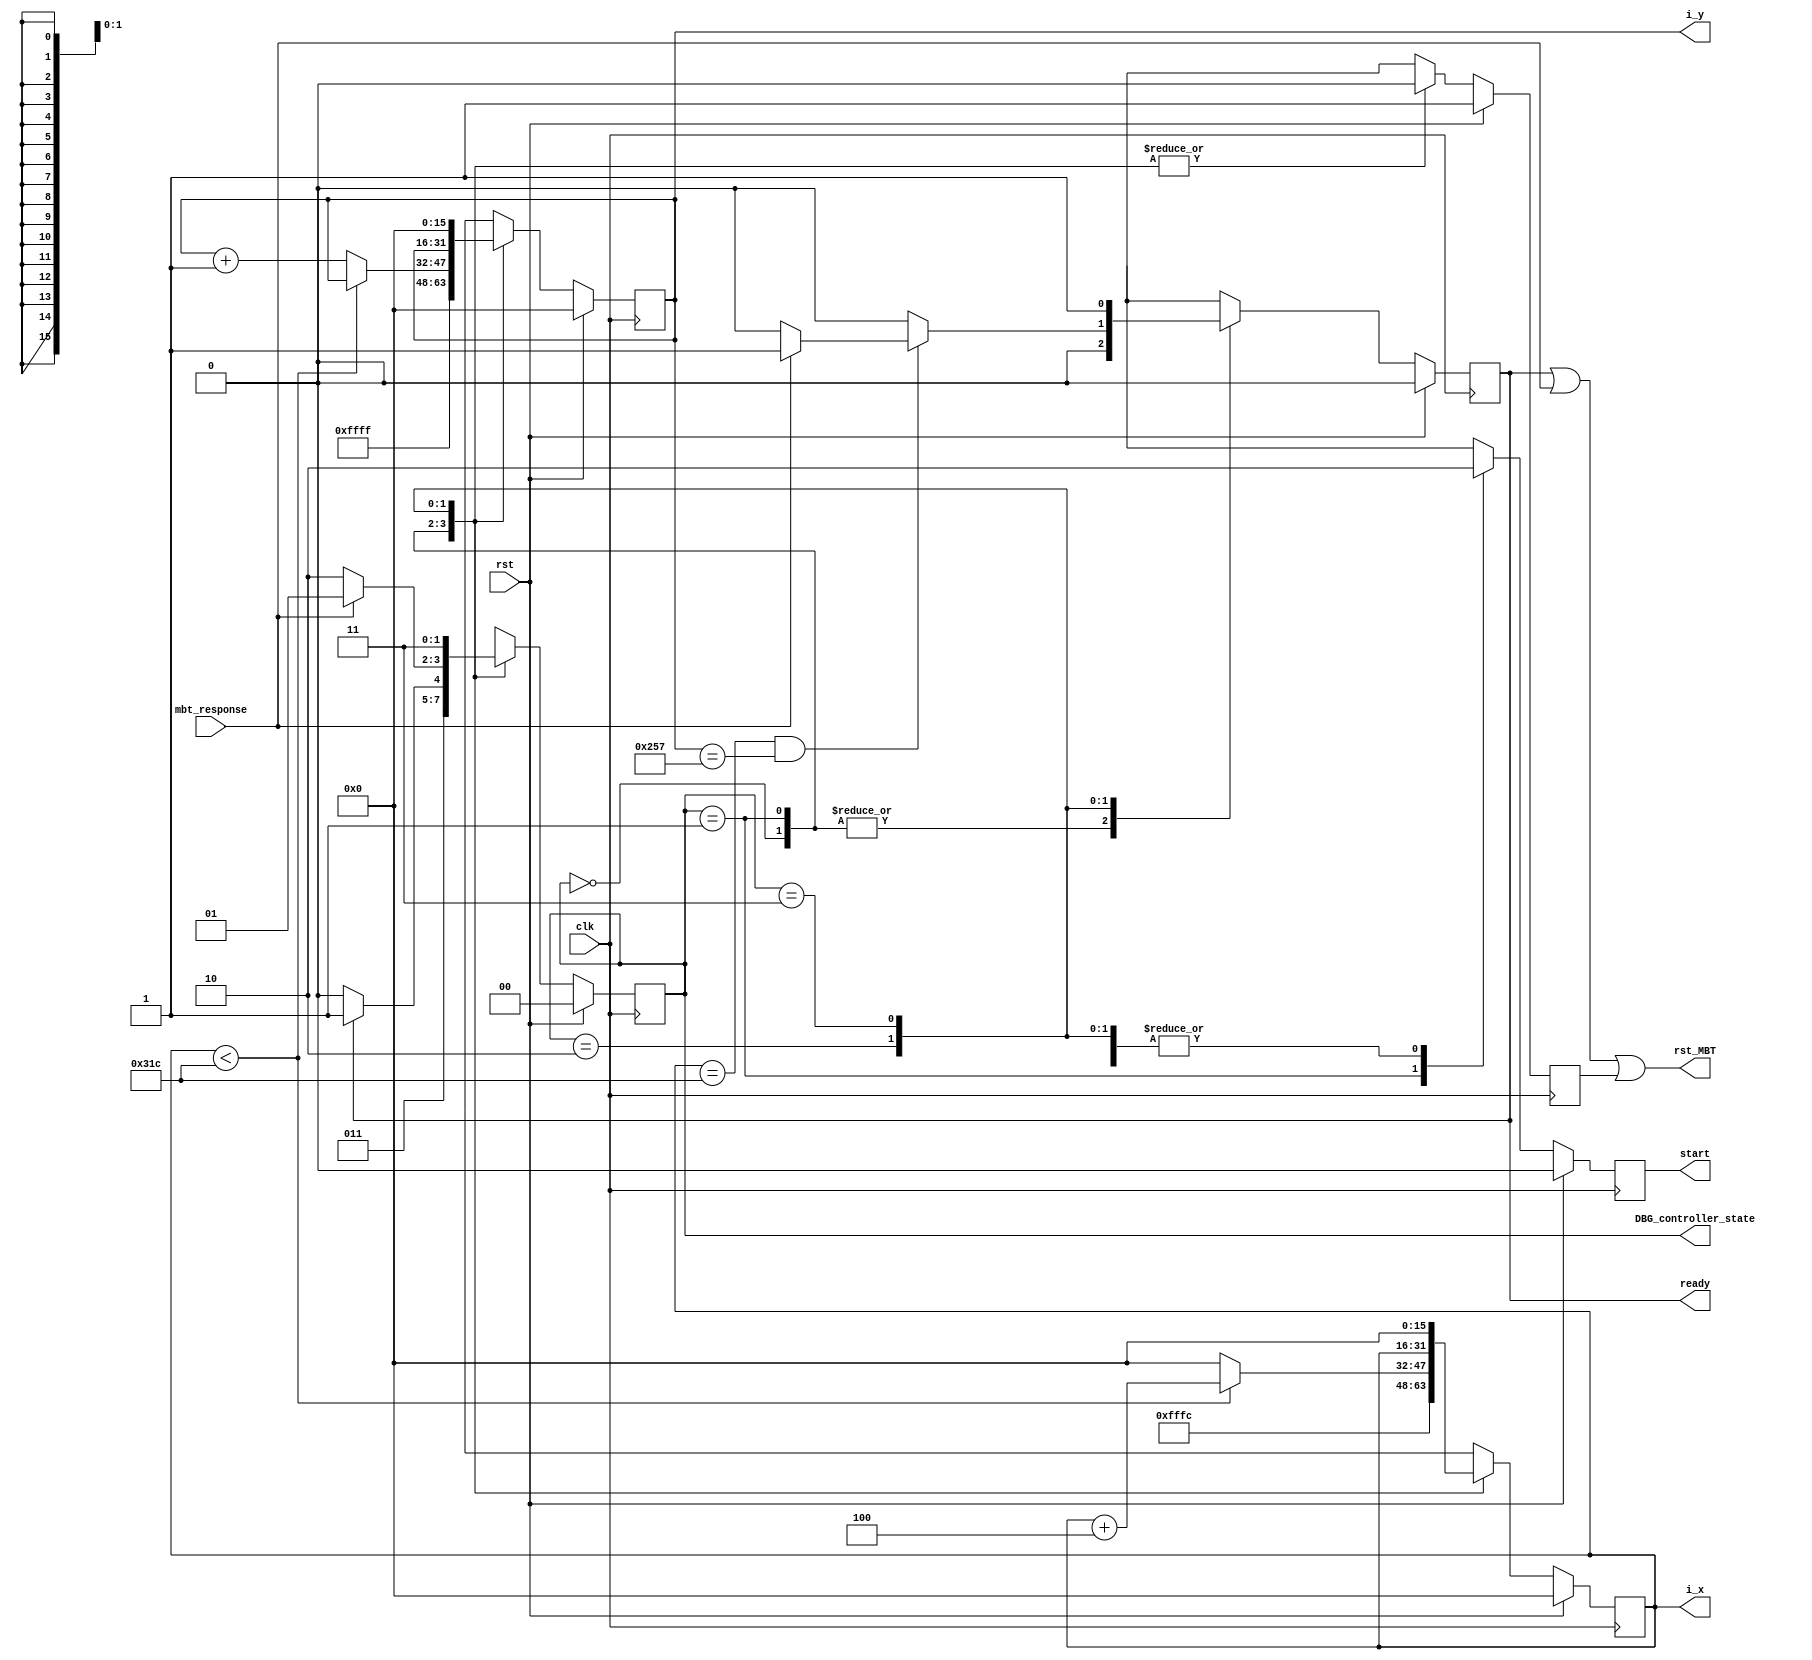
`timescale 1ns / 1ps


module MBT_controller(
    input wire clk,
    input wire rst,
    input wire mbt_response,

	// DBG
	output wire [1:0] DBG_controller_state,

	output reg [15:0] i_x,
    output reg [15:0] i_y,
	output reg start,
    output reg ready,
    output reg rst_MBT
    );

    // FSM variables
    reg [1:0] state, next_state;
    parameter IDLE = 2'b00;
    parameter WORK = 2'b01;
    parameter WAIT = 2'b10;
    parameter FINISH = 2'b11;

    reg finished;
	reg start_reg;

    reg init_mbt;

    // pixel position
    reg [15:0] current_X;
    reg [15:0] current_Y;

    // FSM -> State Transition Block
    always@(posedge clk) begin
        if (rst == 1) begin
            state <= IDLE;
        end
        else begin
            case(state)
            IDLE: begin
                state <= WORK;
            end
            WORK: begin
				if (finished == 1) begin
					state <= FINISH;
				end
				else begin
					state <= WAIT;
				end
            end
            WAIT: begin
                if (mbt_response == 1) begin
                    state <= WORK;
                end
                else begin
                    state <= WAIT;
                end
            end
            FINISH: begin
                state <= FINISH;
            end
            default: begin
                state <= IDLE;
            end
            endcase
        end
    end

    always @(posedge clk) begin
        if (rst == 1) begin
            finished <= 0;
            current_X <= 0;
            current_Y <= 0;
			start_reg <= 0;
            init_mbt <= 1;
        end
        else begin
            case (state)
                IDLE: begin
                    finished <= 0;
                    current_X <= -4;
                    current_Y <= -1;
					start_reg <= 0;
                    init_mbt <= 0;
                end
                WORK: begin
					// if (finished == 1)
                    finished <= 0;
					start_reg <= 1;
                    init_mbt <= 0;
                    if (current_X < 796)begin      // until it reachs to end of horizontal
                        current_X <= current_X + 4;
                        current_Y <= current_Y;
                    end
                    else begin                      // when it reachs to end
                        current_X <= 0;				// -> increase vertical
                        current_Y <= current_Y + 1;
                    end
                end
                WAIT: begin
					start_reg <= 0;
                    init_mbt <= 0;
					if ((current_X == 796) && (current_Y == 599)) begin
						current_X <= current_X;
						current_Y <= current_Y;
						if (mbt_response == 1) begin
							finished <= 1;
						end
						else begin
							finished <= 0;
						end
						// finished <= 0;
					end
					else begin
						current_X <= current_X;
						current_Y <= current_Y;
						finished <= 0;
					end
                end
                FINISH: begin
                    finished <= 1;
                    init_mbt <= 0;
					start_reg <= 0;
                    current_X <= 0;
                    current_Y <= 0;
                end
                default: begin
                    finished <= 0;
                    init_mbt <= 0;
					start_reg <= 0;
                    current_X <= 0;
                    current_Y <= 0;
                end
            endcase
        end
    end

	always@(*) begin
		i_x <= current_X;
		i_y <= current_Y;
		ready <= finished;
		rst_MBT <= finished | mbt_response | init_mbt;
		start = start_reg;
	end

	// DBG
	assign DBG_controller_state = state;

endmodule